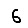
Digit: 6